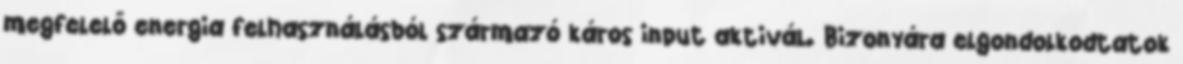
megfelelő energia felhasználásból származó káros input aktivál. Bizonyára elgondolkodtatok